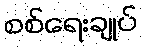
စစ်ရေးချုပ်